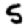
Digit: 5